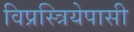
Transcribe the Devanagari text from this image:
विप्रस्त्रियेपासी